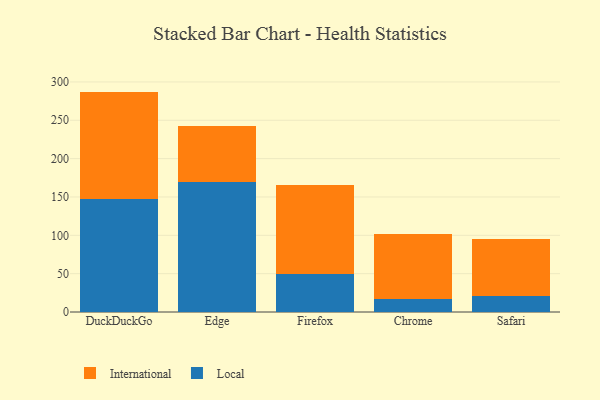
{"axis": {"x": "Browser", "y": "Backlog"}, "legend": ["International", "Local"], "data": [{"x": "DuckDuckGo", "y": 147.6, "type": "Local"}, {"x": "DuckDuckGo", "y": 139.8, "type": "International"}, {"x": "Edge", "y": 169.8, "type": "Local"}, {"x": "Edge", "y": 73.4, "type": "International"}, {"x": "Firefox", "y": 49.9, "type": "Local"}, {"x": "Firefox", "y": 116.2, "type": "International"}, {"x": "Chrome", "y": 16.9, "type": "Local"}, {"x": "Chrome", "y": 85.3, "type": "International"}, {"x": "Safari", "y": 20.7, "type": "Local"}, {"x": "Safari", "y": 75.1, "type": "International"}]}